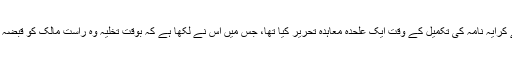
اس نے کرایہ نامہ کی تکمیل کے وقت ایک علحدہ معاہدہ تحریر کیا تھا، جس میں اس نے لکھا ہے کہ بوقتِ تخلیہ وہ راست مالک کو قبضہ دیدیگا۔